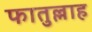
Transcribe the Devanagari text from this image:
फातुल्लाह